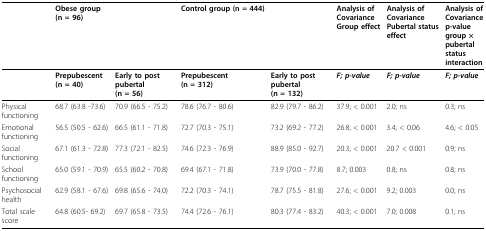
<table><thead><tr><td></td><td><b>Obese group (n = 96)</b></td><td></td><td><b>Control group (n = 444)</b></td><td></td><td><b>Analysis ofCovarianceGroup effect</b></td><td><b>Analysis ofCovariancePubertal statuseffect</b></td><td><b>Analysis ofCovariancep-valuegroup ×pubertalstatusinteraction</b></td></tr></thead><tbody><tr><td></td><td><b>Prepubescent (n = 40)</b></td><td><b>Early to post pubertal (n = 56)</b></td><td><b>Prepubescent (n = 312)</b></td><td><b>Early to post pubertal (n = 132)</b></td><td><b><i>F; p-value</i></b></td><td><b><i>F; p-value</i></b></td><td><b><i>F; p-value</i></b></td></tr><tr><td>Physical functioning</td><td>68.7 (63.8 -73.6)</td><td>70.9 (66.5 - 75.2)</td><td>78.6 (76.7 - 80.6)</td><td>82.9 (79.7 - 86.2)</td><td>37.9; &lt; 0.001</td><td>2.0; ns</td><td>0.3; ns</td></tr><tr><td>Emotional functioning</td><td>56.5 (50.5 - 62.6)</td><td>66.5 (61.1 - 71.8)</td><td>72.7 (70.3 - 75.1)</td><td>73.2 (69.2 - 77.2)</td><td>26.8; &lt; 0.001</td><td>3.4; &lt; 0.06</td><td>4.6; &lt; 0.05</td></tr><tr><td>Social functioning</td><td>67.1 (61.3 - 72.8)</td><td>77.3 (72.1 - 82.5)</td><td>74.6 (72.3 - 76.9)</td><td>88.9 (85.0 - 92.7)</td><td>20.3; &lt; 0.001</td><td>20.7 &lt; 0.001</td><td>0.9; ns</td></tr><tr><td>School functioning</td><td>65.0 (59.1 - 70.9)</td><td>65.5 (60.2 - 70.8)</td><td>69.4 (67.1 - 71.8)</td><td>73.9 (70.0 - 77.8)</td><td>8.7; 0.003</td><td>0.8; ns</td><td>0.8; ns</td></tr><tr><td>Psychosocial health</td><td>62.9 (58.1 - 67.6)</td><td>69.8 (65.6 - 74.0)</td><td>72.2 (70.3 - 74.1)</td><td>78.7 (75.5 - 81.8)</td><td>27.6; &lt; 0.001</td><td>9.2; 0.003</td><td>0.0; ns</td></tr><tr><td>Total scale score</td><td>64.8 (60.5- 69.2)</td><td>69.7 (65.8 - 73.5)</td><td>74.4 (72.6 - 76.1)</td><td>80.3 (77.4 - 83.2)</td><td>40.3; &lt; 0.001</td><td>7.0; 0.008</td><td>0.1; ns</td></tr></tbody></table>